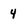
Character: 4